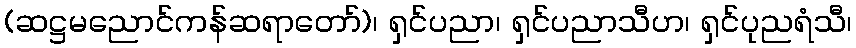
(ဆဋ္ဌမညောင်ကန်ဆရာတော်)၊ ရှင်ပညာ၊ ရှင်ပညာသီဟ၊ ရှင်ပုညရံသီ၊